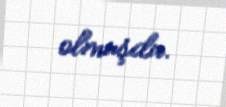
olmuşdu.